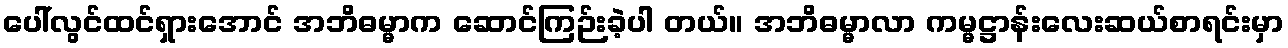
ပေါ်လွင်ထင်ရှားအောင် အဘိဓမ္မာက ဆောင်ကြဉ်းခဲ့ပါ တယ်။ အဘိဓမ္မာလာ ကမ္မဋ္ဌာန်းလေးဆယ်စာရင်းမှာ